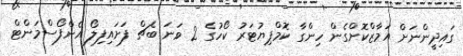
ގައިދީންނަށް އަމާޒްކޮށްގެން ހިންގާ ކޮމްޕިޔުޓަރު ކޯހުގެ 2 ވަނަ ބެޗް ފަށައިފިލޯ އެންފޯސްމަންޓް